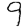
Digit: 9